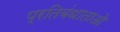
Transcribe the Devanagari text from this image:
प्रतिबंधाताओ